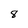
Character: 8